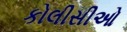
કોલીસીઓ